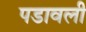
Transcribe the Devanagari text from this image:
पडावली